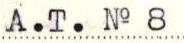
A.T. No 8